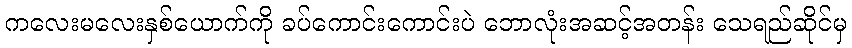
ကလေးမလေးနှစ်ယောက်ကို ခပ်ကောင်းကောင်းပဲ ဘောလုံးအဆင့်အတန်း သေရည်ဆိုင်မှ